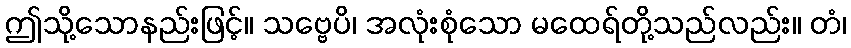
ဤသို့သောနည်းဖြင့်။ သဗ္ဗေပိ၊ အလုံးစုံသော မထေရ်တို့သည်လည်း။ တံ၊